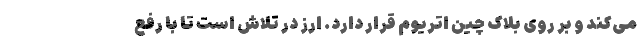
می‌کند و بر روی بلاک چین اتریوم قرار دارد. ارز در تلاش است تا با رفع